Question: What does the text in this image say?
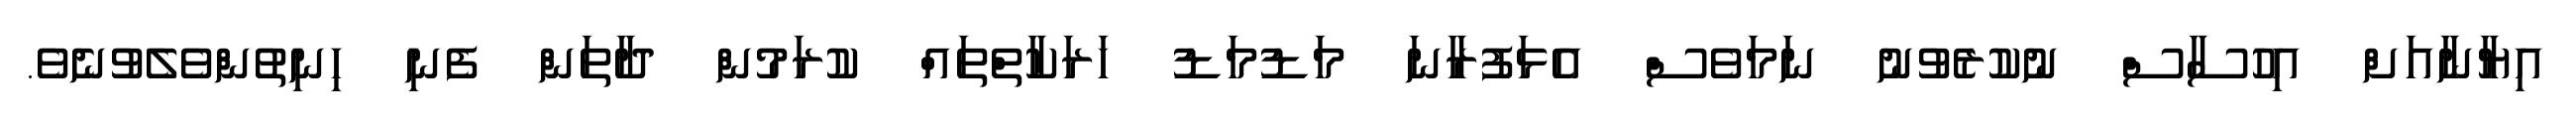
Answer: އިޔާނާއަށް އިހުސާސް ނުކުރެވުނު ނަމަވެސް އެޅަފުރާނަ މަޑުމަޑު ހަރަކާތްތައް ކުރަމުން ދާތަން ފެނި ހިނިތުންވެލެވުނެވެ.